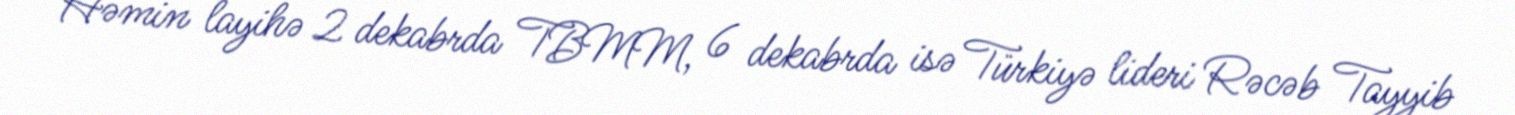
Həmin layihə 2 dekabrda TBMM, 6 dekabrda isə Türkiyə lideri Rəcəb Tayyib